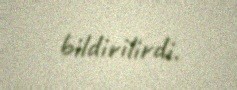
bildirilirdi.